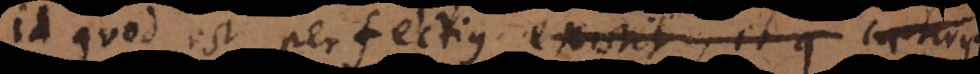
id quod est perfectius existit, et q caeteris